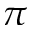
\pi